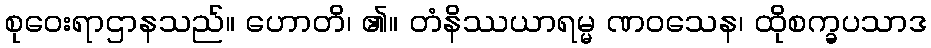
စုဝေးရာဌာနသည်။ ဟောတိ၊ ၏။ တံနိဿယာရမ္မ ဏဝသေန၊ ထိုစက္ခပသာဒ